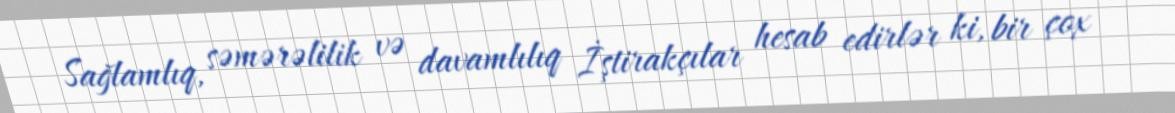
Sağlamlıq, səmərəlilik və davamlılıq İştirakçılar hesab edirlər ki, bir çox